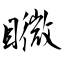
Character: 矀